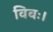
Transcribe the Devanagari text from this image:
विवः।